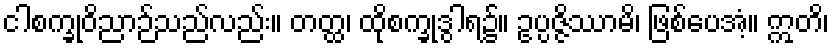
ငါစက္ခုဝိညာဉ်သည်လည်း။ တတ္ထ၊ ထိုစက္ခုဒွါရ၌။ ဥပ္ပဇ္ဇိဿာမိ၊ ဖြစ်ပေအံ့။ ဣတိ၊